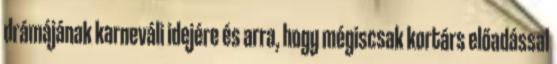
drámájának karneváli idejére és arra, hogy mégiscsak kortárs előadással